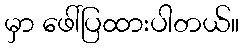
မှာ ဖေါ်ပြထားပါတယ်။